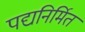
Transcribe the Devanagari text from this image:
पद्यनिर्मित